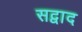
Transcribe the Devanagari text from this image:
सद्वाद